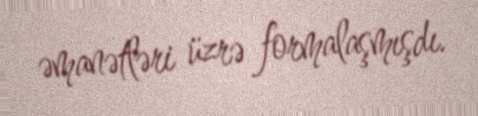
əmanətləri üzrə formalaşmışdı.